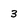
Character: 3